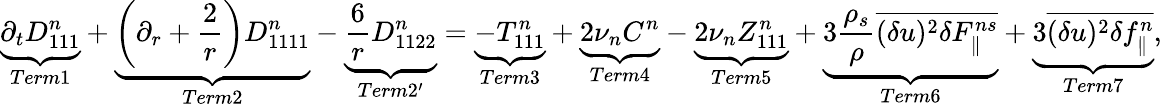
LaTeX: \underbrace{\partial_{t}D_{111}^{n}}_{Term1}+\underbrace{\left(\partial_{r}+\frac{2}{r}\right)D_{1111}^{n}}_{Term2}-\underbrace{\frac{6}{r}D_{1122}^{n}}_{Term2^{\prime}}=\underbrace{-T_{111}^{n}}_{Term3}+\underbrace{2\nu_{n}C^{n}}_{Term4}-\underbrace{2\nu_{n}Z_{111}^{n}}_{Term5}+\underbrace{3\frac{\rho_{s}}{\rho}\overline{{(\delta u)^{2}\delta F_{\parallel}^{ns}}}}_{Term6}+\underbrace{3\overline{{(\delta u)^{2}\delta f_{\parallel}^{n}}}}_{Term7},